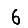
Digit: 6